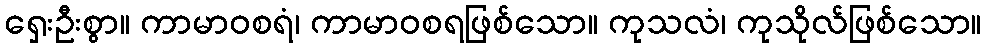
ရှေးဦးစွာ။ ကာမာဝစရံ၊ ကာမာဝစရဖြစ်သော။ ကုသလံ၊ ကုသိုလ်ဖြစ်သော။